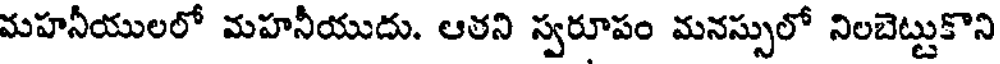
మహనీయులలో మహనీయుదు. ఆతని స్వరూపం మనస్సులో నిలబెట్టుకొని